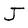
Character: J